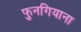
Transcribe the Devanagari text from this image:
फुनगियाना